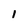
Character: 1